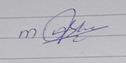
Signature authenticity: genuine